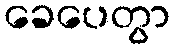
ခေပေတွာ